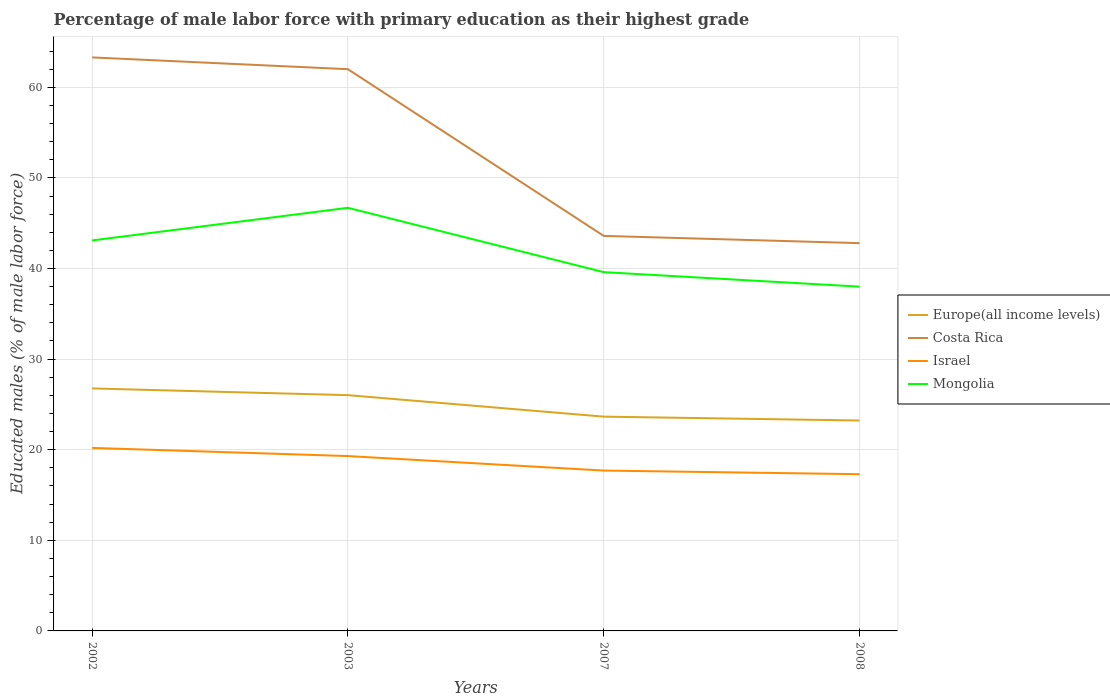
| Years | Europe(all income levels) | Costa Rica | Israel | Mongolia |
 | --- | --- | --- | --- | --- |
 | 2002 | 26.8 | 63.3 | 20.2 | 43.1 |
 | 2003 | 26 | 62 | 19.3 | 46.7 |
 | 2007 | 23.7 | 43.6 | 17.7 | 39.6 |
 | 2008 | 23.2 | 42.8 | 17.3 | 38 |